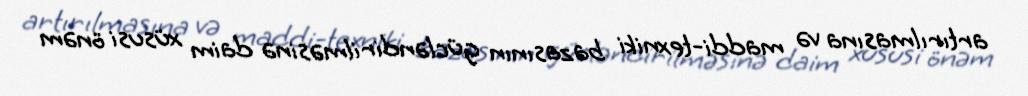
artırılmasına və maddi-texniki bazasının gücləndirilməsinə daim xüsusi önəm